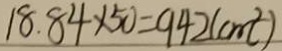
1 8 . 8 4 \times 5 0 = 9 4 2 ( c m ^ { 2 } )